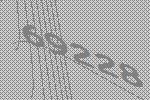
69228